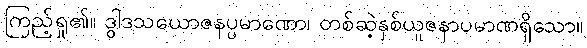
ကြည့်ရှု၏။ ဒွါဒသယောဇနပ္ပမာဏော၊ တစ်ဆဲ့နှစ်ယူဇနာပမာဏရှိသော။